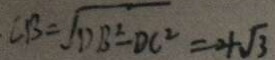
C B = \sqrt { D B ^ { 2 } - D C ^ { 2 } } = 4 \sqrt { 3 }